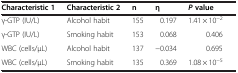
| Characteristic 1 | Characteristic 2 | n | η | P value |
 | --- | --- | --- | --- | --- |
 | γ-GTP (IU/L) | Alcohol habit | 155 | 0.197 | 1.41 × 10−2 |
 | γ-GTP (IU/L) | Smoking habit | 153 | 0.068 | 0.406 |
 | WBC (cells/μL) | Alcohol habit | 137 | −0.034 | 0.695 |
 | WBC (cells/μL) | Smoking habit | 135 | 0.369 | 1.08 × 10−5 |